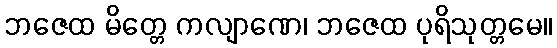
ဘဇေထ မိတ္တေ ကလျာဏေ၊ ဘဇေထ ပုရိသုတ္တမေ။